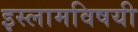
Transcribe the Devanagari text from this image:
इस्लामविषयी